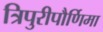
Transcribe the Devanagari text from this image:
त्रिपुरीपौर्णिमा